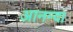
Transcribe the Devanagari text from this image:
आनन्द।